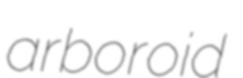
arboroid